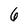
Character: 6